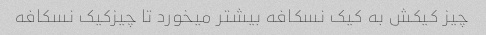
چیز کیکش به کیک نسکافه بیشتر میخورد تا چیزکیک نسکافه